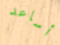
أساعد